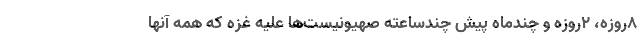
8روزه، 2روزه و چند‌ماه پیش چندساعته صهیونیست‌ها علیه غزه که همه آنها